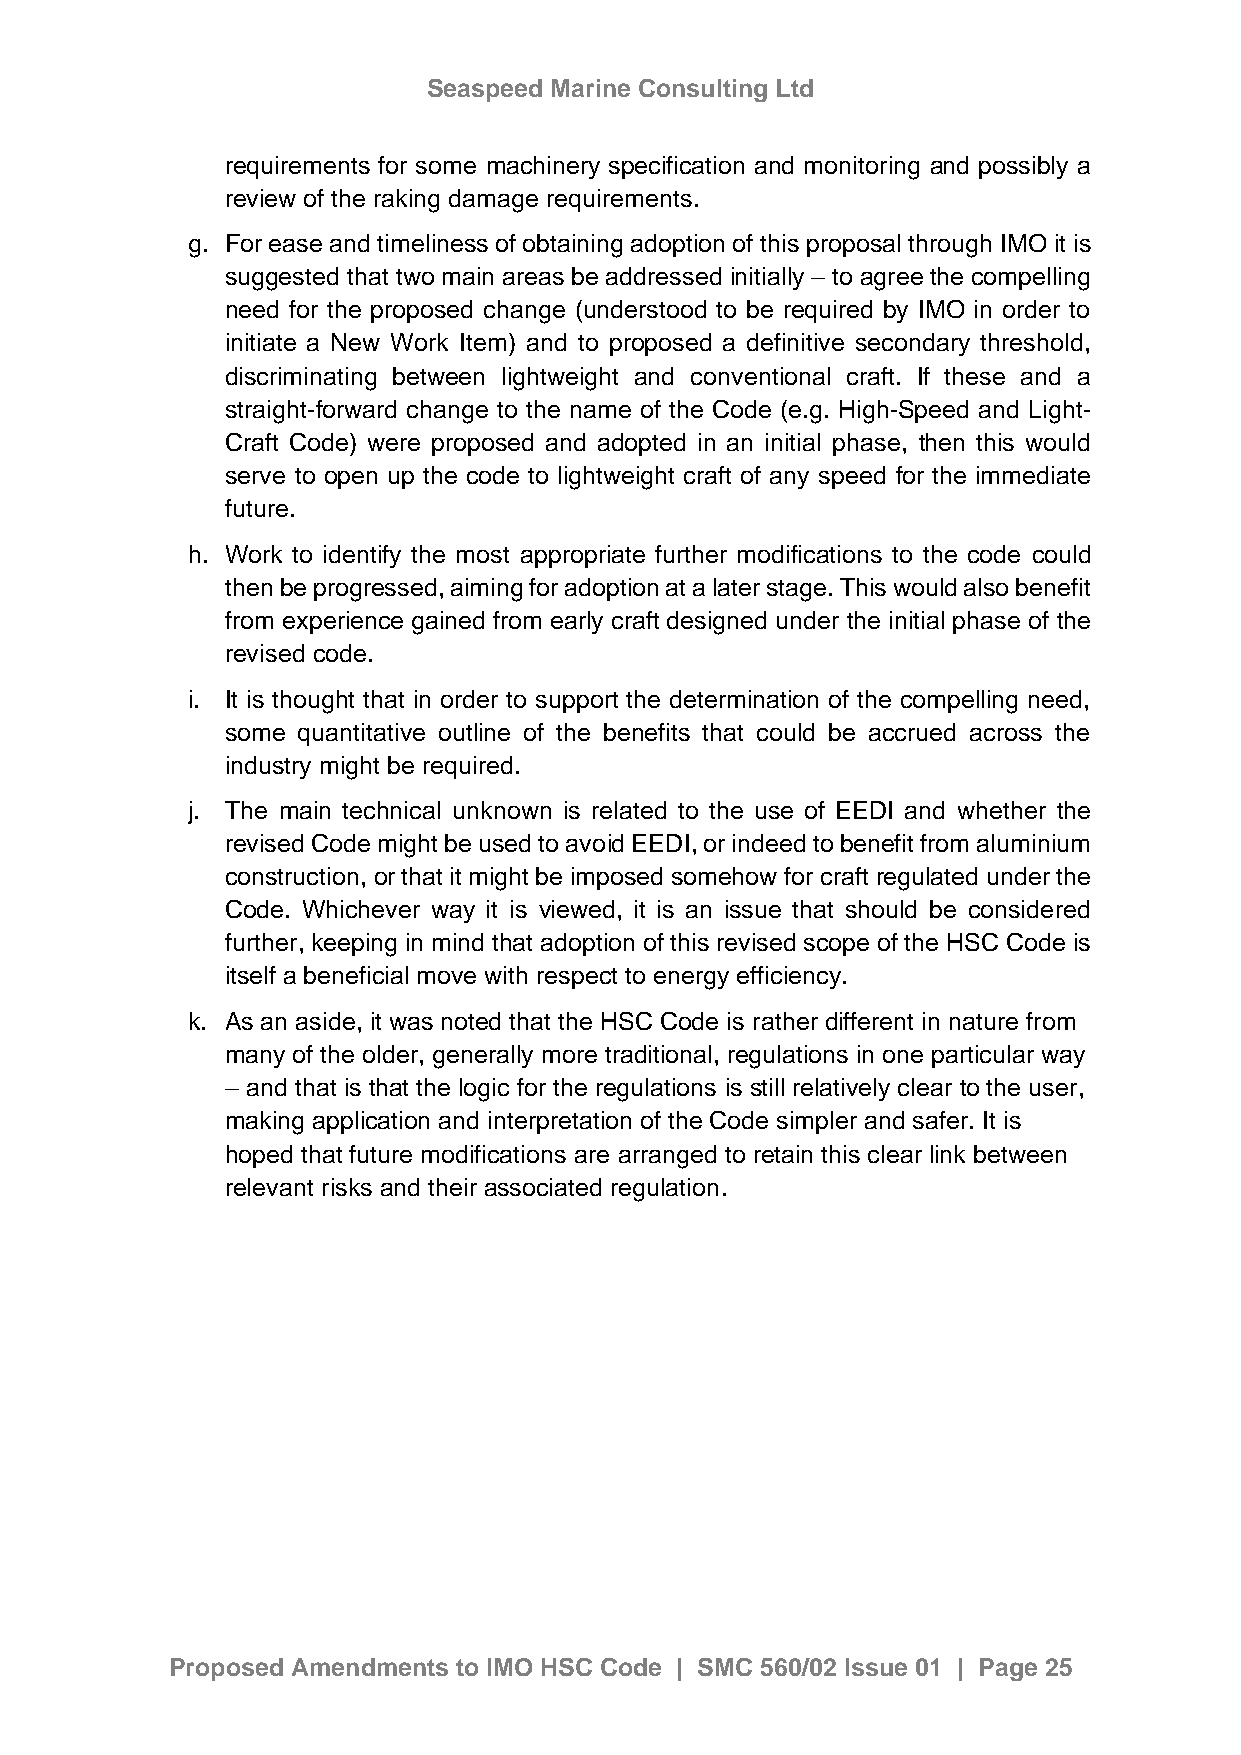
Seaspeed Marine Consulting Ltd
 requirements for some machinery specification and monitoring and possibly a
 review of the raking damage requirements.
 g. For ease and timeliness of obtaining adoption of this proposal through IMO it is
 suggested that two main areas be addressed initially – to agree the compelling
 need for the proposed change (understood to be required by IMO in order to
 initiate a New Work Item) and to proposed a definitive secondary threshold,
 discriminating between lightweight and conventional craft. If these and a
 straight-forward change to the name of the Code (e.g. High-Speed and Light-
 Craft Code) were proposed and adopted in an initial phase, then this would
 serve to open up the code to lightweight craft of any speed for the immediate
 future.
 h. Work to identify the most appropriate further modifications to the code could
 then be progressed, aiming for adoption at a later stage. This would also benefit
 from experience gained from early craft designed under the initial phase of the
 revised code.
 i. It is thought that in order to support the determination of the compelling need,
 some quantitative outline of the benefits that could be accrued across the
 industry might be required.
 j. The main technical unknown is related to the use of EEDI and whether the
 revised Code might be used to avoid EEDI, or indeed to benefit from aluminium
 construction, or that it might be imposed somehow for craft regulated under the
 Code. Whichever way it is viewed, it is an issue that should be considered
 further, keeping in mind that adoption of this revised scope of the HSC Code is
 itself a beneficial move with respect to energy efficiency.
 k. As an aside, it was noted that the HSC Code is rather different in nature from
 many of the older, generally more traditional, regulations in one particular way
 – and that is that the logic for the regulations is still relatively clear to the user,
 making application and interpretation of the Code simpler and safer. It is
 hoped that future modifications are arranged to retain this clear link between
 relevant risks and their associated regulation.
 Proposed Amendments to IMO HSC Code | SMC 560/02 Issue 01 | Page 25